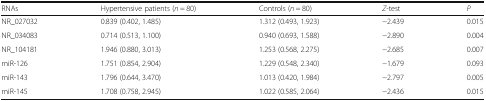
<table><thead><tr><td><b>RNAs</b></td><td><b>Hypertensive patients (<i>n</i> = 80)</b></td><td><b>Controls (<i>n</i> = 80)</b></td><td><b><i>Z</i>-test</b></td><td><b><i>P</i></b></td></tr></thead><tbody><tr><td>NR_027032</td><td>0.839 (0.402, 1.485)</td><td>1.312 (0.493, 1.923)</td><td>−2.439</td><td>0.015</td></tr><tr><td>NR_034083</td><td>0.714 (0.513, 1.100)</td><td>0.940 (0.693, 1.588)</td><td>−2.890</td><td>0.004</td></tr><tr><td>NR_104181</td><td>1.946 (0.880, 3.013)</td><td>1.253 (0.568, 2.275)</td><td>−2.685</td><td>0.007</td></tr><tr><td>miR-126</td><td>1.751 (0.854, 2.904)</td><td>1.229 (0.548, 2.340)</td><td>−1.679</td><td>0.093</td></tr><tr><td>miR-143</td><td>1.796 (0.644, 3.470)</td><td>1.013 (0.420, 1.984)</td><td>−2.797</td><td>0.005</td></tr><tr><td>miR-145</td><td>1.708 (0.758, 2.945)</td><td>1.022 (0.585, 2.064)</td><td>−2.436</td><td>0.015</td></tr></tbody></table>